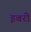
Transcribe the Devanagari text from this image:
इबरी